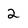
Character: 2